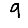
Digit: 9